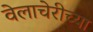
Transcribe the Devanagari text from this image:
वेलाचेरीच्या